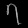
Digit: ၇